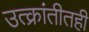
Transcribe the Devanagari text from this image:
उत्क्रांतीतही